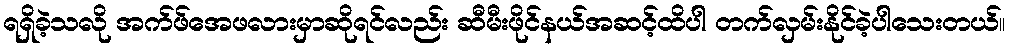
ရရှိခဲ့သလို အက်ဖ်အေဖလားမှာဆိုရင်လည်း ဆီမီးဖိုင်နယ်အဆင့်ထိပါ တက်လှမ်းနိုင်ခဲ့ပါသေးတယ်။